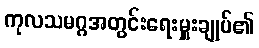
ကုလသမဂ္ဂအတွင်းရေးမှူးချုပ်၏